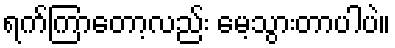
ရက်ကြာတော့လည်း မေ့သွားတာပါပဲ။